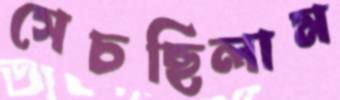
সেচছিলাম